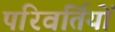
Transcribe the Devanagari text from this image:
परिवर्तियों